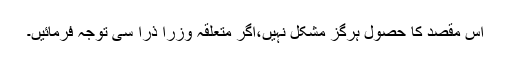
اس مقصد کا حصول ہرگز مشکل نہیں،اگر متعلقہ وزرا ذرا سی توجہ فرمائیں۔